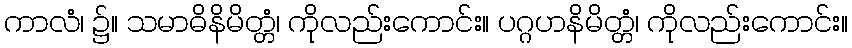
ကာလံ၊ ၌။ သမာဓိနိမိတ္တံ၊ ကိုလည်းကောင်း။ ပဂ္ဂဟနိမိတ္တံ၊ ကိုလည်းကောင်း။